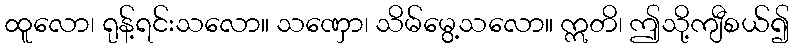
ထူလော၊ ရုန့်ရင်းသလော။ သဏှော၊ သိမ်မွေ့သလော။ ဣတိ၊ ဤသို့ကျီစယ်၍